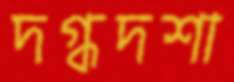
দগ্ধদশা